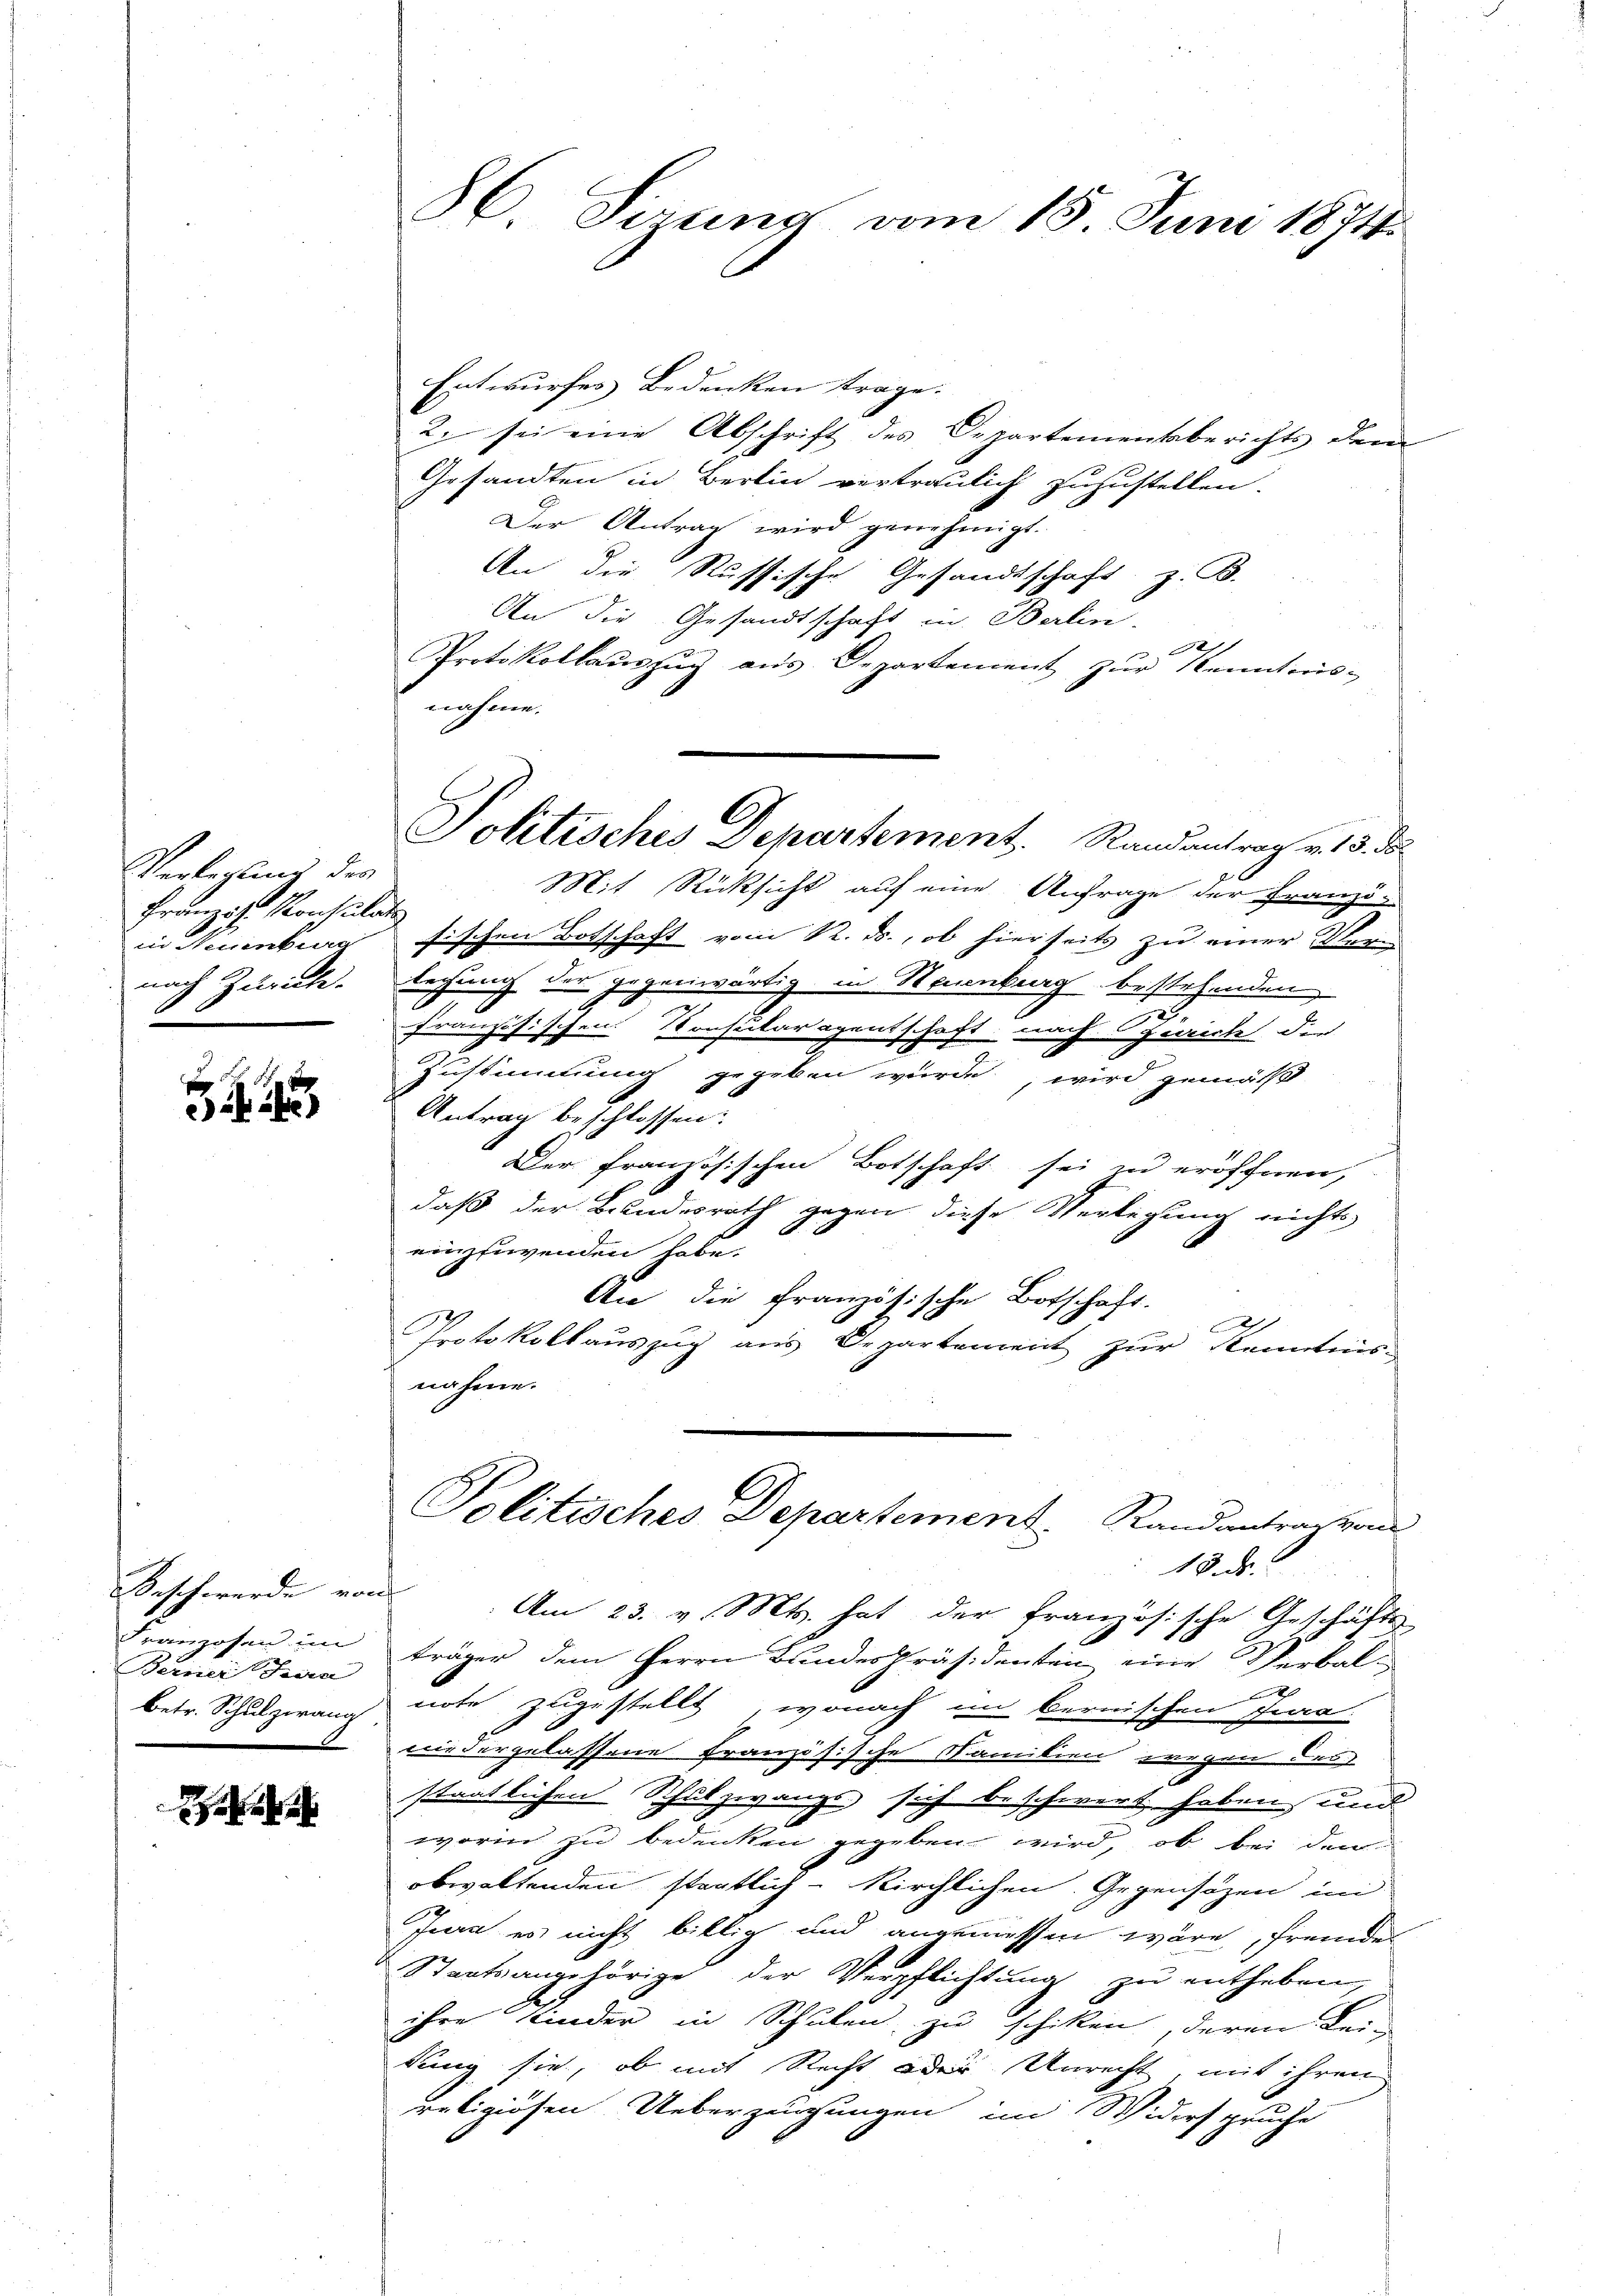
Verleglung des
Französ. Konsulate
in Neuenburg
nach Zurück.
1

5

Beschwerde von
Franzosen im
Berner Saa

e

H. Sirung vom 15. Juni 1874.

Entwurfes Bedenken trage.
2. sei eine Abschrift des Departementsberichts dem
Gesandten in Berlin vertraulich zuzustellen.
Der Antrag wird genehmigt.
An die Russische Gesandtschaft, z. B.
An die Gesandtschaft in Berlin-
de
Protokollaŭszŭg aŭs Departement zŭr Kenntnis-
Mit Rücksicht auf eine Anfrage der Franzi-
sischen Botschaft vom R. ds., ob hierseits zu einer Verm
lechung der gegenwärtig in Stainburg bestehenden,
französischen Konsitaragentschaft nach Zürich der
Zustimmung gegeben würde, wird gemäß
Antrag beschlossen:
Der Französischen Botschaft sei zu eröffnen,
daß der Bundesrath gegen diese Verlegung nichts
einzuwenden habe.
An die französische Botschaft.
3
e
Protokollauszug aus Departement zur Kenntnis-
nahme.
Politisches Departement. Randantrag von
18. d.
Am 23. v. Mts. hat der französische Geschäfts
träger dem Herrn Bundes Präsidenten eine Verbal-
betr. Schulzwang note zugestellt, wonach im bernischen Jura-
niedergelassene Französische Familien wegen des
staatlichen Schulzwangs sich beschwert haben, und
worin zu bedenken gegeben wird, ob bei den
obwaltenden staatlich- Kirchlichen. Gegensätzen im
Jura es nicht billig und angeniessen wäre, fremdes
Staatsangehörige der Verpflichtŭng zŭ entheben,
ihre Kinder in Schulen zu schiken, deren Lei-
dung sie, ob mit Recht oder Unrecht mit ihren
religiösen Ueberzeugungen im Widerspruche

nahme.
Solitisches Departement.   Randantrag v. 13. d